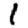
Digit: 1